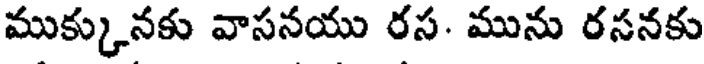
ముక్కునకు వాసనయు రస. మును రసనకు